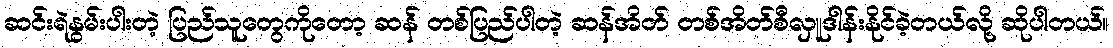
ဆင်းရဲနွမ်းပါးတဲ့ ပြည်သူတွေကိုတော့ ဆန် တစ်ပြည်ပါတဲ့ ဆန်အိတ် တစ်အိတ်စီလှူဒါန်းနိုင်ခဲ့တယ်လို့ ဆိုပါတယ်။